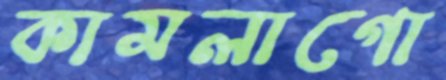
কামলাগো